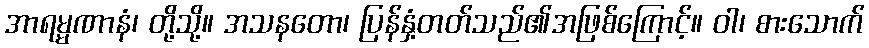
အာရမ္မဏာနံ၊ တို့သို့။ အသနတော၊ ပြန်နှံ့တတ်သည်၏အဖြစ်ကြောင့်။ ဝါ၊ စားသောက်